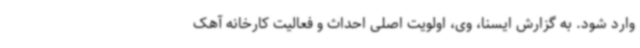
وارد شود. به گزارش ایسنا، وی، اولویت اصلی احداث و فعالیت کارخانه آهک